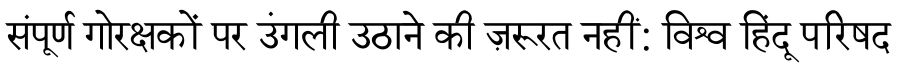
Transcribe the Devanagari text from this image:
संपूर्ण गोरक्षकों पर उंगली उठाने की ज़रूरत नहीं: विश्व हिंदू परिषद